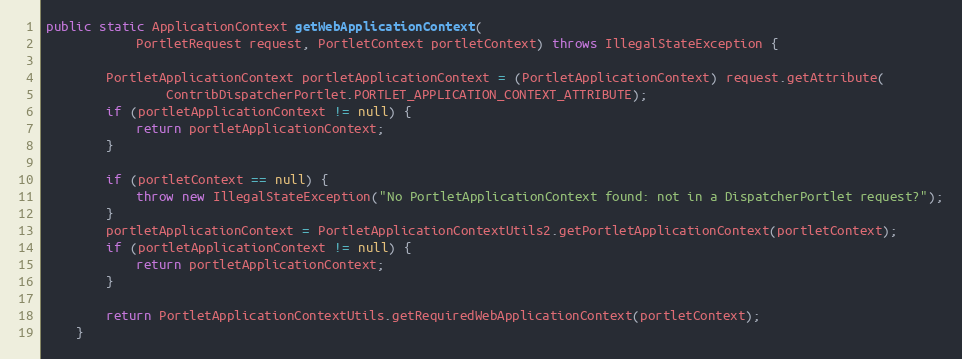
Language: Java
public static ApplicationContext getWebApplicationContext(
            PortletRequest request, PortletContext portletContext) throws IllegalStateException {

        PortletApplicationContext portletApplicationContext = (PortletApplicationContext) request.getAttribute(
                ContribDispatcherPortlet.PORTLET_APPLICATION_CONTEXT_ATTRIBUTE);
        if (portletApplicationContext != null) {
            return portletApplicationContext;
        }

        if (portletContext == null) {
            throw new IllegalStateException("No PortletApplicationContext found: not in a DispatcherPortlet request?");
        }
        portletApplicationContext = PortletApplicationContextUtils2.getPortletApplicationContext(portletContext);
        if (portletApplicationContext != null) {
            return portletApplicationContext;
        }

        return PortletApplicationContextUtils.getRequiredWebApplicationContext(portletContext);
    }